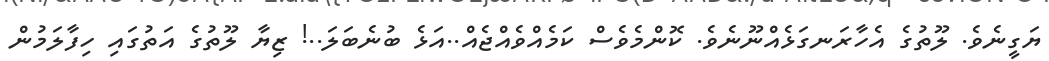
ޔަގީނެވެ. ލޫތުގެ އެހާރަނގަޅެއްނޫނެވެ. ކޮންމެވެސް ކަމެއްވެއްޖެއް..އަޅެ ބުނެބަލަ..! ޒިޔާ ލޫތުގެ އަތުގައި ހިފާލަމުން